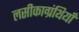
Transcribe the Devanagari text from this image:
लसीकाग्रंथियाँ